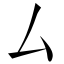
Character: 厶